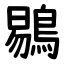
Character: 鶍